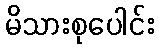
မိသားစုပေါင်း